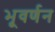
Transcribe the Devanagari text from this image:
भूवर्णन